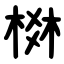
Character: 棥